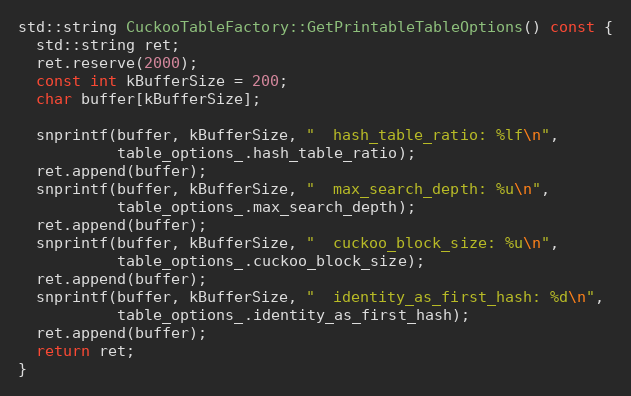
Language: C++
std::string CuckooTableFactory::GetPrintableTableOptions() const {
  std::string ret;
  ret.reserve(2000);
  const int kBufferSize = 200;
  char buffer[kBufferSize];

  snprintf(buffer, kBufferSize, "  hash_table_ratio: %lf\n",
           table_options_.hash_table_ratio);
  ret.append(buffer);
  snprintf(buffer, kBufferSize, "  max_search_depth: %u\n",
           table_options_.max_search_depth);
  ret.append(buffer);
  snprintf(buffer, kBufferSize, "  cuckoo_block_size: %u\n",
           table_options_.cuckoo_block_size);
  ret.append(buffer);
  snprintf(buffer, kBufferSize, "  identity_as_first_hash: %d\n",
           table_options_.identity_as_first_hash);
  ret.append(buffer);
  return ret;
}